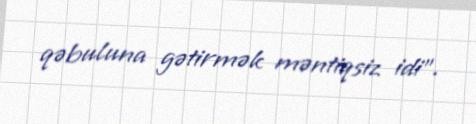
qəbuluna gətirmək məntiqsiz idi”.